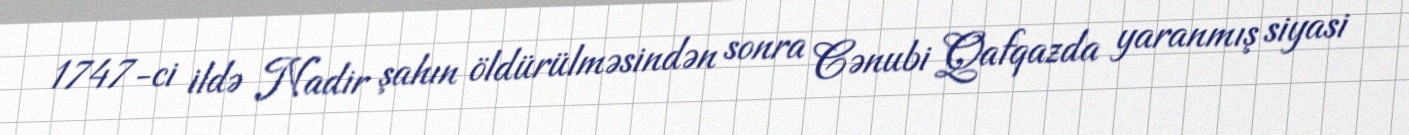
1747-ci ildə Nadir şahın öldürülməsindən sonra Cənubi Qafqazda yaranmış siyasi